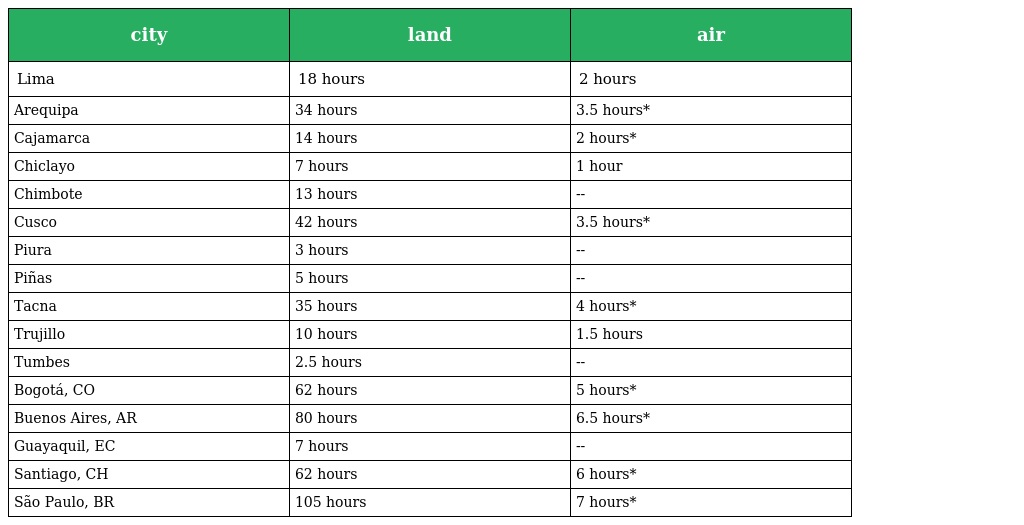
| city | land | air |
 | --- | --- | --- |
 | Lima | 18 hours | 2 hours |
 | Arequipa | 34 hours | 3.5 hours* |
 | Cajamarca | 14 hours | 2 hours* |
 | Chiclayo | 7 hours | 1 hour |
 | Chimbote | 13 hours | -- |
 | Cusco | 42 hours | 3.5 hours* |
 | Piura | 3 hours | -- |
 | Piñas | 5 hours | -- |
 | Tacna | 35 hours | 4 hours* |
 | Trujillo | 10 hours | 1.5 hours |
 | Tumbes | 2.5 hours | -- |
 | Bogotá, CO | 62 hours | 5 hours* |
 | Buenos Aires, AR | 80 hours | 6.5 hours* |
 | Guayaquil, EC | 7 hours | -- |
 | Santiago, CH | 62 hours | 6 hours* |
 | São Paulo, BR | 105 hours | 7 hours* |